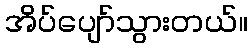
အိပ်ပျော်သွားတယ်။